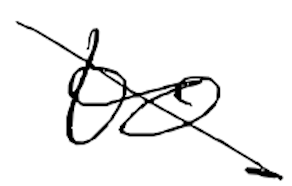
Text: to
Cross-out: diagonal
Writing tool: digital_black